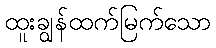
ထူးချွန်ထက်မြက်သော